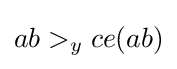
ab>_{y}ce(ab)